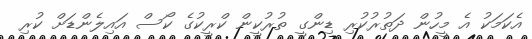
އެކަމަކު އެ މީހުން ދަތުރުކުރި ޑިންގީ ތުރުކީން ކްރީކުގެ ކޯސް އައިލެންޑަށް ކުރި